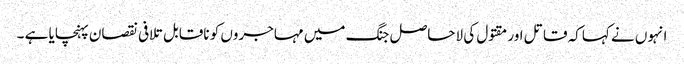
انہوں نے کہاکہ قاتل اور مقتول کی لاحاصل جنگ میں مہاجروں کو ناقابل تلافی نقصان پہنچایا ہے ۔